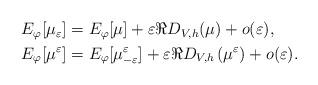
LaTeX: \begin{align*} \begin{aligned} E_{\varphi}[\mu_\varepsilon] & = E_{\varphi}[\mu]+ \varepsilon \Re D_{V,h}(\mu) + o(\varepsilon), \\E_{\varphi}[\mu^{\varepsilon}] & =E_{\varphi}[\mu^{\varepsilon}_{-\varepsilon}]+\varepsilon \Re D_{V,h}\left(\mu^{\varepsilon}\right) + o(\varepsilon).\end{aligned}\end{align*}